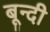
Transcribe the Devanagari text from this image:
बून्‍दी